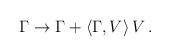
LaTeX: \begin{align*}\Gamma \to \Gamma+ \langle \Gamma,V \rangle \, V \, .\end{align*}